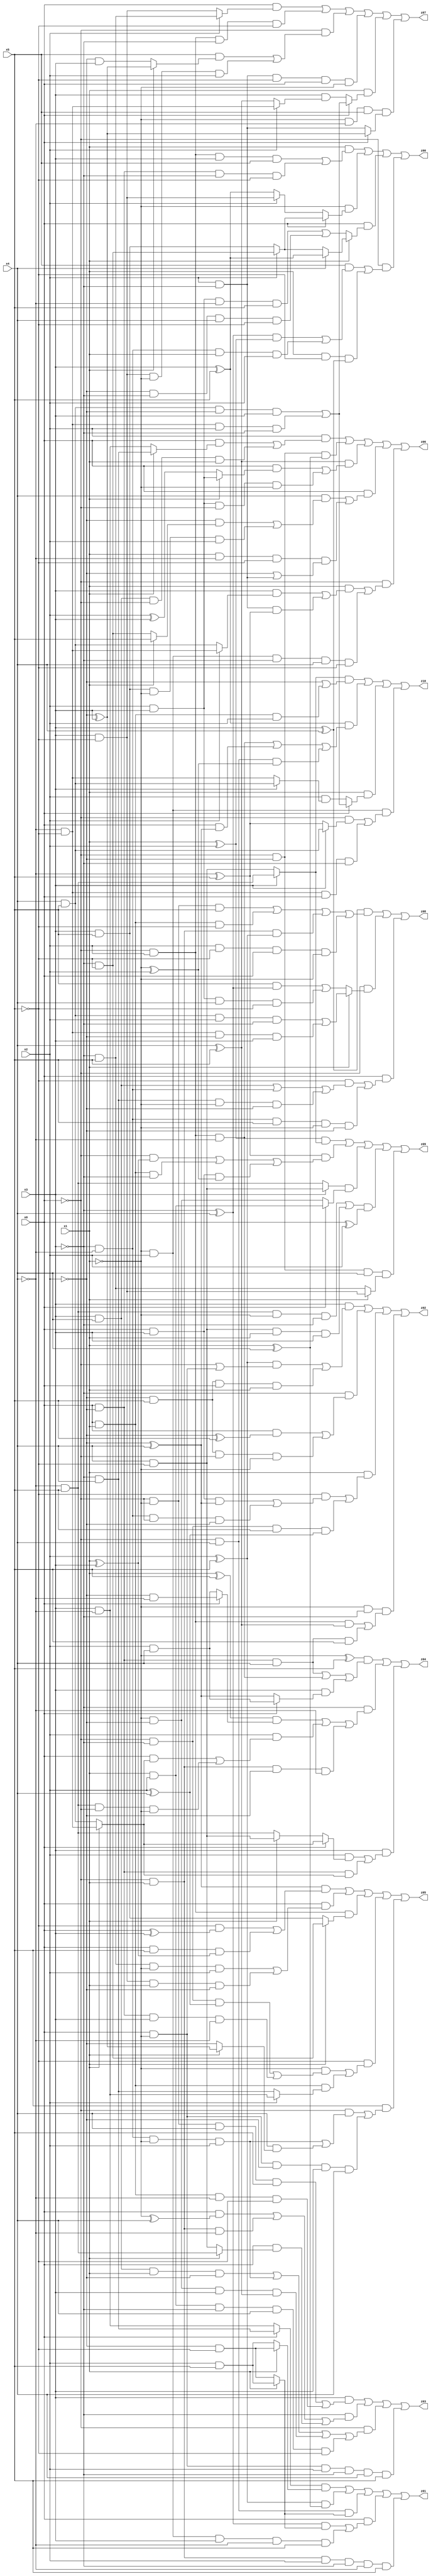
// Benchmark "X_51" written by ABC on Mon Jun 05 06:21:55 2023

module X_51 ( 
    x0, x1, x2, x3, x4, x5,
    z00, z01, z02, z03, z04, z05, z06, z07, z08, z09, z10  );
  input  x0, x1, x2, x3, x4, x5;
  output z00, z01, z02, z03, z04, z05, z06, z07, z08, z09, z10;
  assign z00 = (x1 & ((~x0 & x2 & x3 & x5) | (x0 & ~x2 & ~x3 & ~x5))) | (~x1 & (x0 ? (x2 ? (~x3 & ~x5) : (x3 & x5)) : (x2 ? (x3 & ~x5) : (x3 ^ x5)))) | (x0 & (x1 ? (x4 ? (x3 ^ x5) : (x2 ? (~x3 & ~x5) : (x3 & x5))) : ((x2 & x3 & ~x4 & x5) | (~x2 & ~x3 & x4 & ~x5)))) | (~x0 & ((x5 & (((~x3 ^ x4) & (x1 ^ x2)) | (~x3 & ~x4 & x1 & x2))) | (x1 & ~x5 & (x3 ^ x4))));
  assign z01 = ((x0 ? (~x3 & x4) : (x3 & ~x4)) & (x1 ? (~x2 & ~x5) : (x2 & x5))) | ((x2 ^ x5) & (x1 ^ x4)) | (~x0 & x4 & (x1 ? (x2 & x5) : (~x2 & ~x5))) | (x0 & (((~x3 ^ x4) & (x1 ? (x2 & x5) : (~x2 & ~x5))) | (~x1 & x2 & x3 & ~x4 & x5))) | (~x0 & x1 & x2 & ~x3 & ~x4 & x5);
  assign z02 = (x3 & (((x2 ^ x5) & (~x0 | (x0 & ~x1))) | (~x2 & x5 & x0 & x1))) | (~x3 & ((x0 & (~x2 ^ x5)) | (~x2 & x5 & ~x0 & ~x1))) | (x1 & ((~x5 & ((x0 & x3 & (~x2 ^ x4)) | (~x3 & ~x4 & ~x0 & ~x2))) | (~x0 & ~x3 & x5 & (x2 ^ x4)))) | (~x1 & ~x3 & ((~x0 & x2 & (x4 ^ x5)) | (x0 & ~x2 & x4 & x5)));
  assign z03 = (x3 & ((~x0 & ~x1 & x4 & x5) | (x0 & x1 & ~x4 & ~x5))) | (~x3 & ((x0 & (~x1 ^ x4)) | (~x0 & x1 & ~x4) | (x0 & (x1 ? (~x4 & x5) : (x4 & ~x5))))) | (~x0 & ((x3 & x4 & x1 & ~x2) | (~x3 & ~x4 & ~x1 & x2) | (~x1 & ~x2 & x3 & (x4 ^ x5)) | (x1 & x2 & ~x3 & x4 & ~x5))) | (x0 & ~x1 & x2 & ~x3 & x4 & x5);
  assign z04 = ((~x1 ^ x5) & ((x0 & ~x2 & x4) | (~x0 & x2 & ~x4) | (x3 & (x0 ? (x2 & x4) : (~x2 ^ x4))))) | (~x3 & (((x1 ^ x5) & (x0 ? (~x2 & ~x4) : (x2 & x4))) | (x2 & ((x0 & (x1 ? (~x4 & ~x5) : (x4 & x5))) | (~x4 & x5 & ~x0 & ~x1))) | (~x0 & x1 & ~x2 & ~x4))) | (x3 & ((x2 & (x0 ? (x1 ? (~x4 & ~x5) : (x4 & x5)) : (x1 ? (x4 & ~x5) : (~x4 & x5)))) | (x0 & ~x2 & (x1 ? (~x4 & ~x5) : (x4 & x5)))));
  assign z05 = ((~x2 ^ x4) & ((~x5 & (x0 ^ x3)) | (x0 & x5 & (x1 ^ x3)))) | (x0 & ((~x3 & x5 & ~x1 & x2) | (x3 & ~x5 & x1 & ~x2))) | (~x0 & x2 & (x1 ? (~x3 & ~x5) : (x3 & x5))) | (~x5 & ((~x1 & ((~x0 & ~x3 & (x2 ^ x4)) | (x0 & ~x2 & x3 & ~x4))) | (x0 & x1 & (x2 ? (x3 & ~x4) : (~x3 & x4))))) | (x5 & ((~x0 & ((~x3 & ~x4 & ~x1 & x2) | (x4 & (x1 ? (~x2 ^ x3) : ~x2)))) | (x0 & ~x1 & ~x2 & x3 & x4)));
  assign z06 = (x2 & ((x0 & (x1 ? (~x3 & x4) : (x3 & ~x4))) | (x3 & x4 & ~x0 & x1))) | (~x0 & ~x2 & (x1 ^ x4)) | ((x4 ^ x5) & ((x0 & (x1 ? (x2 & x3) : (x2 ^ x3))) | (x2 & x3 & ~x0 & ~x1))) | (x0 & ((x4 & ((~x2 & (x1 ? x5 : (~x3 & ~x5))) | (x3 & x5 & ~x1 & x2))) | (x1 & ~x4 & ~x5 & (~x2 | (x2 & ~x3))))) | (~x0 & ((x1 & ((x3 & (x2 ? (~x4 & ~x5) : (x4 & x5))) | (x2 & ~x3 & (~x4 ^ x5)))) | (~x1 & x2 & ~x3 & x4 & ~x5)));
  assign z07 = (x0 & (x2 ? (~x3 & x5) : (x3 & ~x5))) | (~x0 & x2 & ~x3 & ~x5) | (~x0 & ((x5 & (x1 ? (~x2 ^ x3) : (~x2 & x3))) | (x3 & ~x5 & ~x1 & x2))) | (x2 & ~x3 & ~x5 & x0 & ~x1) | (x1 & (x0 ? ((x4 & x5 & ~x2 & x3) | (~x4 & ~x5 & x2 & ~x3)) : (x3 & (x2 ? (~x4 & ~x5) : (x4 ^ x5))))) | (~x1 & ~x4 & x5 & (x0 ? (~x2 ^ x3) : (x2 & ~x3)));
  assign z08 = ((x3 ^ x4) & ((~x0 & ~x1 & x5) | (x0 & x1 & ~x5) | (~x0 & x1 & (x2 ^ x5)) | (x2 & ~x5 & x0 & ~x1))) | (~x0 & (x1 ? ((x4 & x5 & x2 & ~x3) | (~x4 & ~x5 & ~x2 & x3)) : ((x5 & (~x3 ^ x4)) | (x2 & x3 & x4 & ~x5)))) | (x0 & ((~x5 & ((x3 & x4) | (~x3 & ~x4) | (~x3 & x4 & ~x1 & ~x2))) | (~x3 & ~x4 & x5 & ~x1 & ~x2)));
  assign z09 = ((x1 ^ x2) & (x3 ? (~x4 & x5) : (x4 & ~x5))) | ((~x4 ^ x5) & ((~x0 & (x1 ^ x3)) | (x0 & x1 & ~x3) | (x0 & x3 & (~x1 ^ x2)))) | ((x3 ? (x4 & ~x5) : (~x4 & x5)) & (x0 ? (x1 & x2) : (~x1 & ~x2))) | (((~x4 & x5 & ~x1 & ~x3) | (x4 & ~x5 & x1 & x3)) & (x0 ^ x2)) | (~x0 & ~x2 & x4 & (x1 ? (x3 & ~x5) : (~x3 & x5)));
  assign z10 = ((x3 ? (~x4 & x5) : (x4 & ~x5)) & (~x2 | (x0 & x1 & x2))) | ((x3 ^ x5) & ((~x0 & x2 & ~x4) | (x0 & (~x2 ^ x4)) | (~x0 & x4 & (~x1 ^ x2)))) | (x1 & (x0 ? ((x4 & x5 & ~x2 & x3) | (~x4 & ~x5 & x2 & ~x3)) : (x2 & (x3 ? (x4 & x5) : (~x4 & ~x5))))) | (~x1 & x2 & ((~x0 & (x3 ? (x4 & x5) : (~x4 ^ x5))) | (~x4 & ~x5 & x0 & ~x3)));
endmodule